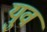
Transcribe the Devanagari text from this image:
युव